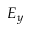
E _ { y }